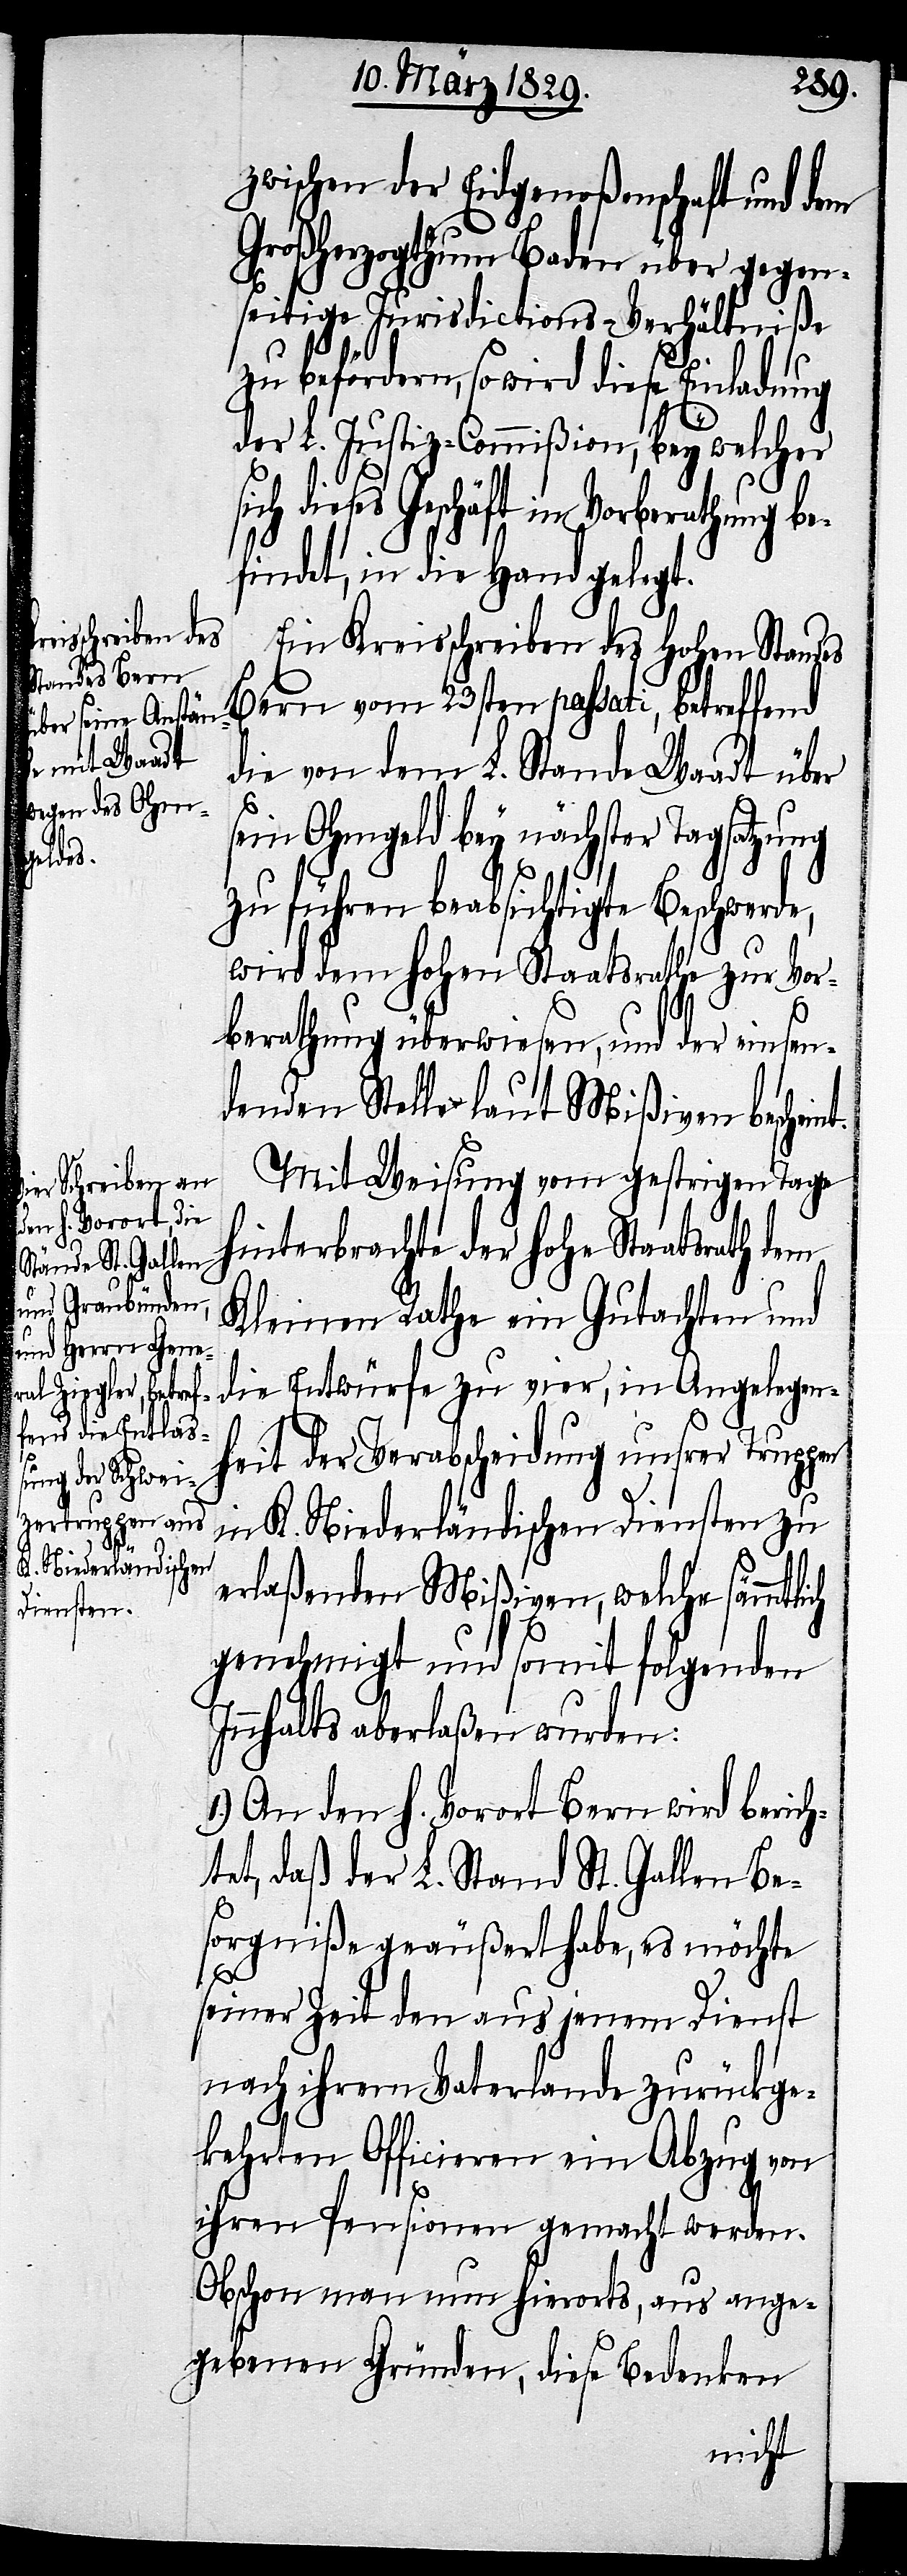
ch
t.

zwischen der Eidgenoßenschaft und dem
Großherzogthum Baden über gegen¬
seitige Jurisdictions-Verhältniße
zu befördern, so wird diese Einladung
der L. Justiz-Commißion, bey welcher
ch dieses Geschäft in Vorberathung b¬
efindet, in die Hand gelegt.
Ein Kreisschreiben des hohen Standes
Bern vom 23sten passati, betreffend
die von dem L. Stande Waadt über
sein Ohmgeld bey nächster Tagsatzung
zu führen beabsichtigte Beschwerde,
wird dem hohen Staatsrathe zur Vor¬
si¬
berathung überwiesen, und der einsen¬
denden Stelle laut Mißiven beschein¬
Mit Weisung vom gestrigen Tage
hinterbrachte der hohe Staatsrath dem
Kleinen Rathe ein Gutachten und
die Entwürfe zu vier, in Angelegen¬
heit der Verabscheidung unsrer Truppen
in K. Niederländischen Diensten zu
erlaßenden Mißiven, welche sämmtli¬
genehmigt und somit folgenden
Innhalts aberlaßen wurden:
1.) An den h. Vorort Bern wird berich¬
tet, daß der L. Stand St. Gallen Be¬
sorgniße geäußert habe, es möchte
seiner Zeit den aus jenem Dienst
nach ihrem Vaterlande zurückge¬
kehrten Officieren ein Abzug von
ihren Pensionen gemacht werden.
Obschon man nun hierorts, aus ange¬
gebenen Gründen, diese Bedenken